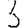
Digit: 3